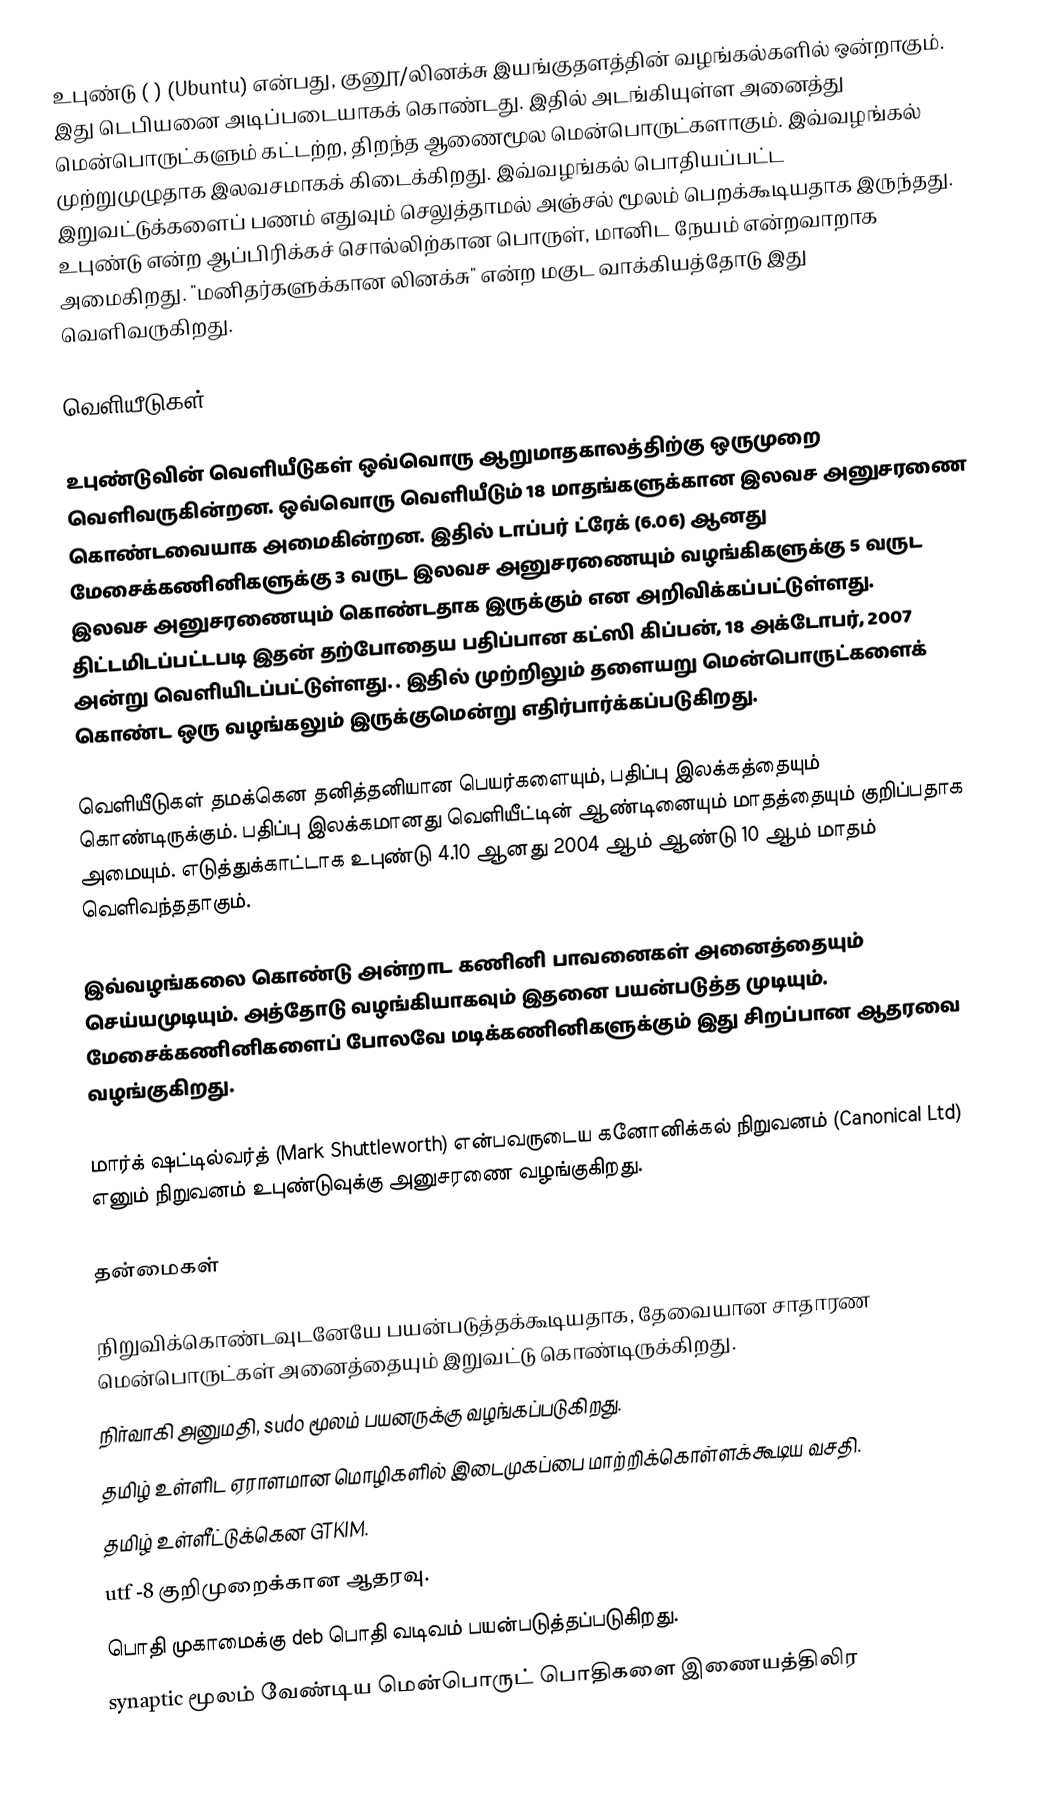
உபுண்டு ( )   (Ubuntu) என்பது, குனூ/லினக்சு இயங்குதளத்தின் வழங்கல்களில் ஒன்றாகும். இது டெபியனை அடிப்படையாகக் கொண்டது. இதில் அடங்கியுள்ள அனைத்து மென்பொருட்களும் கட்டற்ற, திறந்த ஆணைமூல மென்பொருட்களாகும். இவ்வழங்கல் முற்றுமுழுதாக இலவசமாகக் கிடைக்கிறது. இவ்வழங்கல் பொதியப்பட்ட இறுவட்டுக்களைப் பணம் எதுவும் செலுத்தாமல் அஞ்சல் மூலம் பெறக்கூடியதாக இருந்தது. உபுண்டு என்ற ஆப்பிரிக்கச் சொல்லிற்கான பொருள், மானிட நேயம் என்றவாறாக அமைகிறது. "மனிதர்களுக்கான லினக்சு" என்ற மகுட வாக்கியத்தோடு இது வெளிவருகிறது.

வெளியீடுகள்

உபுண்டுவின் வெளியீடுகள் ஒவ்வொரு ஆறுமாதகாலத்திற்கு ஒருமுறை வெளிவருகின்றன. ஒவ்வொரு வெளியீடும் 18 மாதங்களுக்கான இலவச அனுசரணை கொண்டவையாக அமைகின்றன. இதில் டாப்பர் ட்ரேக் (6.06) ஆனது மேசைக்கணினிகளுக்கு 3 வருட இலவச அனுசரணையும் வழங்கிகளுக்கு 5 வருட இலவச அனுசரணையும் கொண்டதாக இருக்கும் என அறிவிக்கப்பட்டுள்ளது. திட்டமிடப்பட்டபடி இதன் தற்போதைய பதிப்பான கட்ஸி கிப்பன், 18 அக்டோபர், 2007 அன்று வெளியிடப்பட்டுள்ளது. . இதில் முற்றிலும் தளையறு மென்பொருட்களைக் கொண்ட ஒரு வழங்கலும் இருக்குமென்று எதிர்பார்க்கப்படுகிறது.

வெளியீடுகள் தமக்கென தனித்தனியான பெயர்களையும், பதிப்பு இலக்கத்தையும் கொண்டிருக்கும். பதிப்பு இலக்கமானது வெளியீட்டின் ஆண்டினையும் மாதத்தையும் குறிப்பதாக அமையும். எடுத்துக்காட்டாக உபுண்டு 4.10 ஆனது 2004 ஆம் ஆண்டு 10 ஆம் மாதம் வெளிவந்ததாகும்.

இவ்வழங்கலை கொண்டு அன்றாட கணினி பாவனைகள் அனைத்தையும் செய்யமுடியும். அத்தோடு வழங்கியாகவும் இதனை பயன்படுத்த முடியும். மேசைக்கணினிகளைப் போலவே மடிக்கணினிகளுக்கும் இது சிறப்பான ஆதரவை வழங்குகிறது.

மார்க் ஷட்டில்வர்த் (Mark Shuttleworth) என்பவருடைய கனோனிக்கல் நிறுவனம் (Canonical Ltd) எனும் நிறுவனம்  உபுண்டுவுக்கு அனுசரணை வழங்குகிறது.

தன்மைகள்

 நிறுவிக்கொண்டவுடனேயே பயன்படுத்தக்கூடியதாக, தேவையான சாதாரண மென்பொருட்கள் அனைத்தையும் இறுவட்டு கொண்டிருக்கிறது.
 நிர்வாகி அனுமதி, sudo மூலம் பயனருக்கு வழங்கப்படுகிறது.
 தமிழ் உள்ளிட ஏராளமான மொழிகளில் இடைமுகப்பை மாற்றிக்கொள்ளக்கூடிய வசதி.
 தமிழ் உள்ளீட்டுக்கென GTKIM.
 utf -8 குறிமுறைக்கான ஆதரவு.
 பொதி முகாமைக்கு deb பொதி வடிவம் பயன்படுத்தப்படுகிறது.
 synaptic மூலம் வேண்டிய மென்பொருட் பொதிகளை இணையத்திலிர